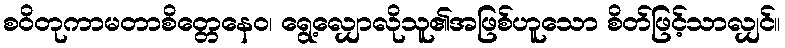
စဝိတုကာမတာစိတ္တေနေဝ၊ ရွေ့လျှောလိုသူ၏အဖြစ်ဟူသော စိတ်ဖြင့်သာလျှင်။